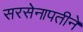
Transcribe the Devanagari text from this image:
सरसेनापतीने